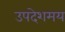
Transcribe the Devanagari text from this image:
उपदेशमय